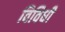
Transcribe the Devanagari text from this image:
विविधी